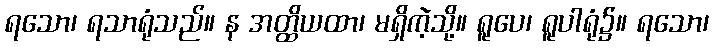
ရသော၊ ရသာရုံသည်။ န အတ္ထိယထာ၊ မရှိကဲ့သို့။ ရူပေ၊ ရူပါရုံ၌။ ရသော၊